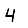
Digit: 4